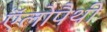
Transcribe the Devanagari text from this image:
ऍलोपैथी